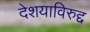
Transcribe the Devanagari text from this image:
देशयाविरुद्द